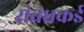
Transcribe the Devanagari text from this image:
संबंधकई